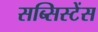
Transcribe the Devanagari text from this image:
सब्सिस्टेंस